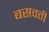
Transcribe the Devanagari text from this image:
बसवती